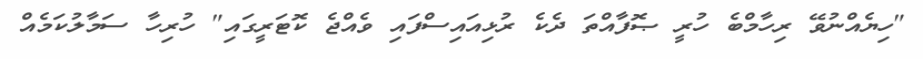
"ހިޔެއްނުވޭ ރިހާމްބެ ހުރީ ޞޮފާއްތަ ދެކެ ރުޅިއައިސްފައި ވެއްޖެ ކޮޓަރީގައި" ހުރިހާ ސަމާލުކަމެއް